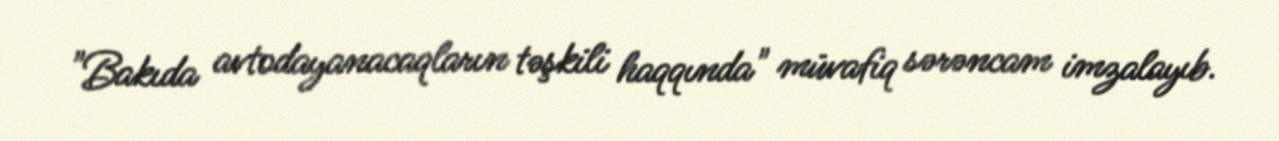
"Bakıda avtodayanacaqların təşkili haqqında" müvafiq sərəncam imzalayıb.